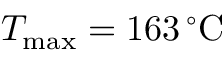
T _ { \mathrm { m a x } } = 1 6 3 \, ^ { \circ } \mathrm { C }